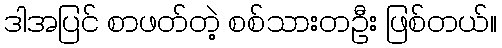
ဒါအပြင် စာဖတ်တဲ့ စစ်သားတဦး ဖြစ်တယ်။